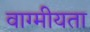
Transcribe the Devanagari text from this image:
वाग्मीयता